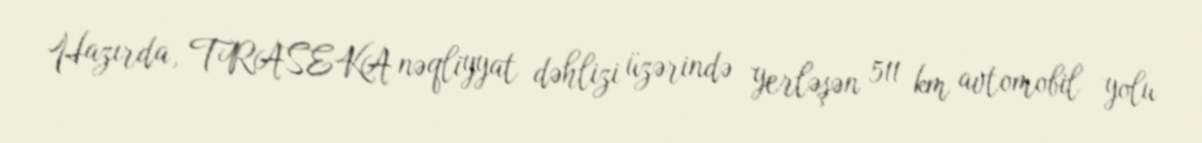
Hazırda, TRASEKA nəqliyyat dəhlizi üzərində yerləşən 511 km avtomobil yolu